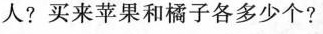
人?买来苹果和橘子各多少个?